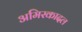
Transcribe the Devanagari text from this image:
अमिरकादल